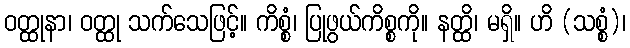
ဝတ္ထုနာ၊ ဝတ္ထု သက်သေဖြင့်။ ကိစ္စံ၊ ပြုဖွယ်ကိစ္စကို။ နတ္ထိ၊ မရှိ။ ဟိ (သစ္စံ)၊